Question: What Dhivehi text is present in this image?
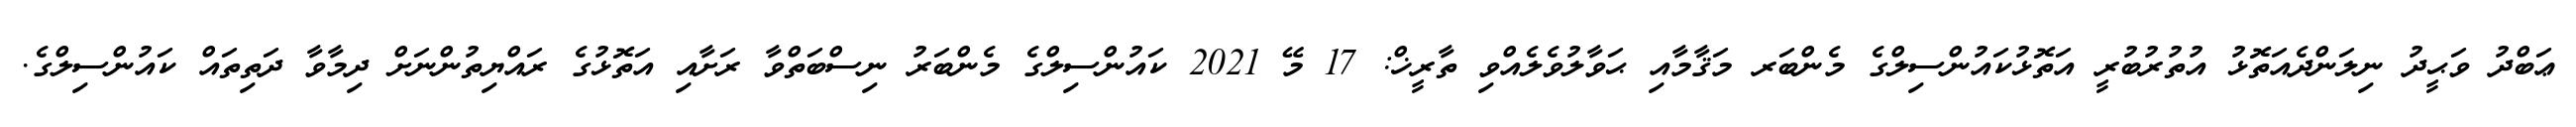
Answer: ޢަބްދު ވަޙީދު ނިލަންދެއަތޮޅު އުތުރުބުރީ އަތޮޅުކައުންސިލްގެ މެންބަރ މަޤާމާއި ޙަވާލުވެލެއްވި ތާރީޚް: 17 މޭ 2021 ކައުންސިލްގެ މެންބަރު ނިސްބަތްވާ ރަށާއި އަތޮޅުގެ ރައްޔިތުންނަށް ދިމާވާ ދަތިތައް ކައުންސިލްގެ.